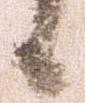
候